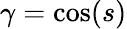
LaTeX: \gamma=\cos(s)